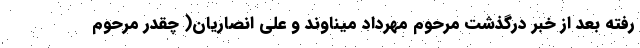
رفته بعد از خبر درگذشت مرحوم مهرداد میناوند و علی انصاریان( چقدر مرحوم